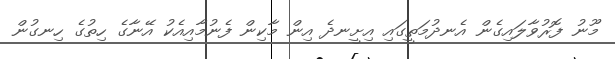
މޫނު ފޮރުވާލައިގެން އެނދުމަތީގައި އިށީނދެ އިން މާކިން ފެނުމާއިއެކު އޭނާގެ ހިތުގެ ހިނގުން